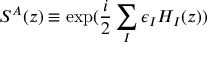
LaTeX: S ^ { A } ( z ) \equiv \exp ( \frac { i } { 2 } \sum _ { I } \epsilon _ { I } H _ { I } ( z ) )